Indian Civil Veterinary Department memoirs
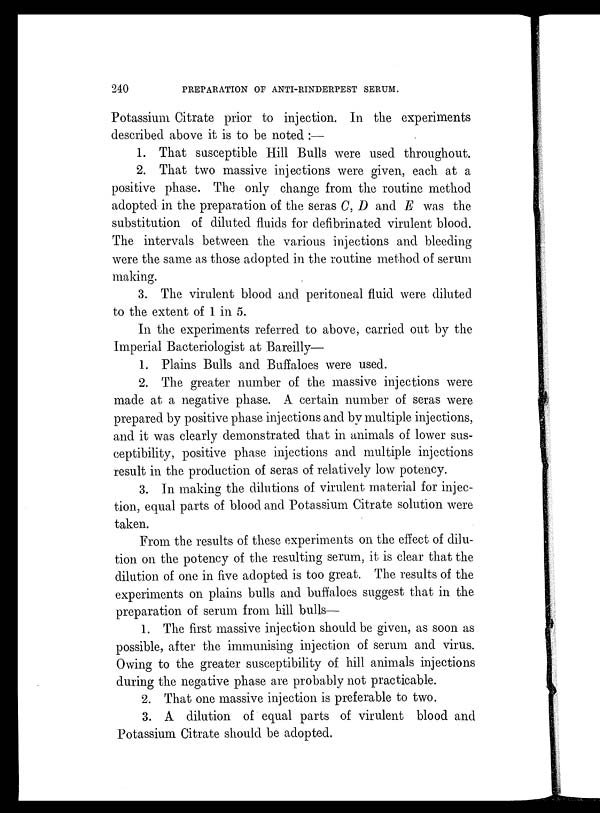
240
PREPARATION OF ANTI-RINDERPEST SERUM.
Potassium Citrate prior to injection. In the experiments
described above it is to be noted :—
1. That susceptible Hill Bulls were used throughout.
2. That two massive injections were given, each at a
positive phase. The only change from the routine method
adopted in the preparation of the seras C, D and E was the
substitution of diluted fluids for defibrinated virulent blood.
The intervals between the various injections and bleeding
were the same as those adopted in the routine method of serum
making.
3. The virulent blood and peritoneal fluid were diluted
to the extent of 1 in 5.
In the experiments referred to above, carried out by the
Imperial Bacteriologist at Bareilly—
1. Plains Bulls and Buffaloes were used.
2. The greater number of the massive injections were
made at a negative phase. A certain number of seras were
prepared by positive phase injections and by multiple injections,
and it was clearly demonstrated that in animals of lower sus-
ceptibility, positive phase injections and multiple injections
result in the production of seras of relatively low potency.
3. In making the dilutions of virulent material for injec-
tion, equal parts of blood and Potassium Citrate solution were
taken.
From the results of these experiments on the effect of dilu-
tion on the potency of the resulting serum, it is clear that the
dilution of one in five adopted is too great. The results of the
experiments on plains bulls and buffaloes suggest that in the
preparation of serum from hill bulls—
1. The first massive injection should be given, as soon as
possible, after the immunising injection of serum and virus.
Owing to the greater susceptibility of. hill animals injections
during the negative phase are probably not practicable.
2. That one massive injection is preferable to two.
3. A dilution of equal parts of virulent blood and
Potassium Citrate should be adopted.